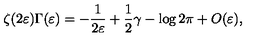
\zeta ( 2 \varepsilon ) \Gamma ( \varepsilon ) = - \frac 1 { 2 \varepsilon } + \frac 1 2 \gamma - \log 2 \pi + O ( \varepsilon ) ,